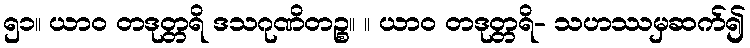
၅၁။ ယာဝ တဒုတ္တရိ ဒသဂုဏိတဉ္စ။ ။ ယာဝ တဒုတ္တရိ- သဟဿမှဆက်၍